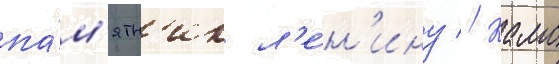
па́м'ятн'ик л'е́н'ину // Камо